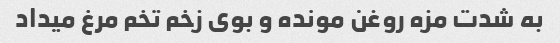
به شدت مزه روغن مونده و بوی زخم تخم مرغ میداد